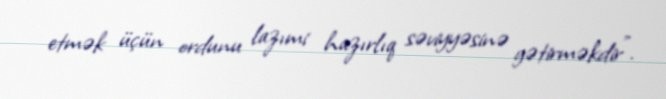
etmək üçün ordunu lazımi hazırlıq səviyyəsinə gətirməkdir”.